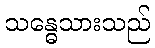
သန္ဓေသားသည်